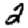
Digit: 2